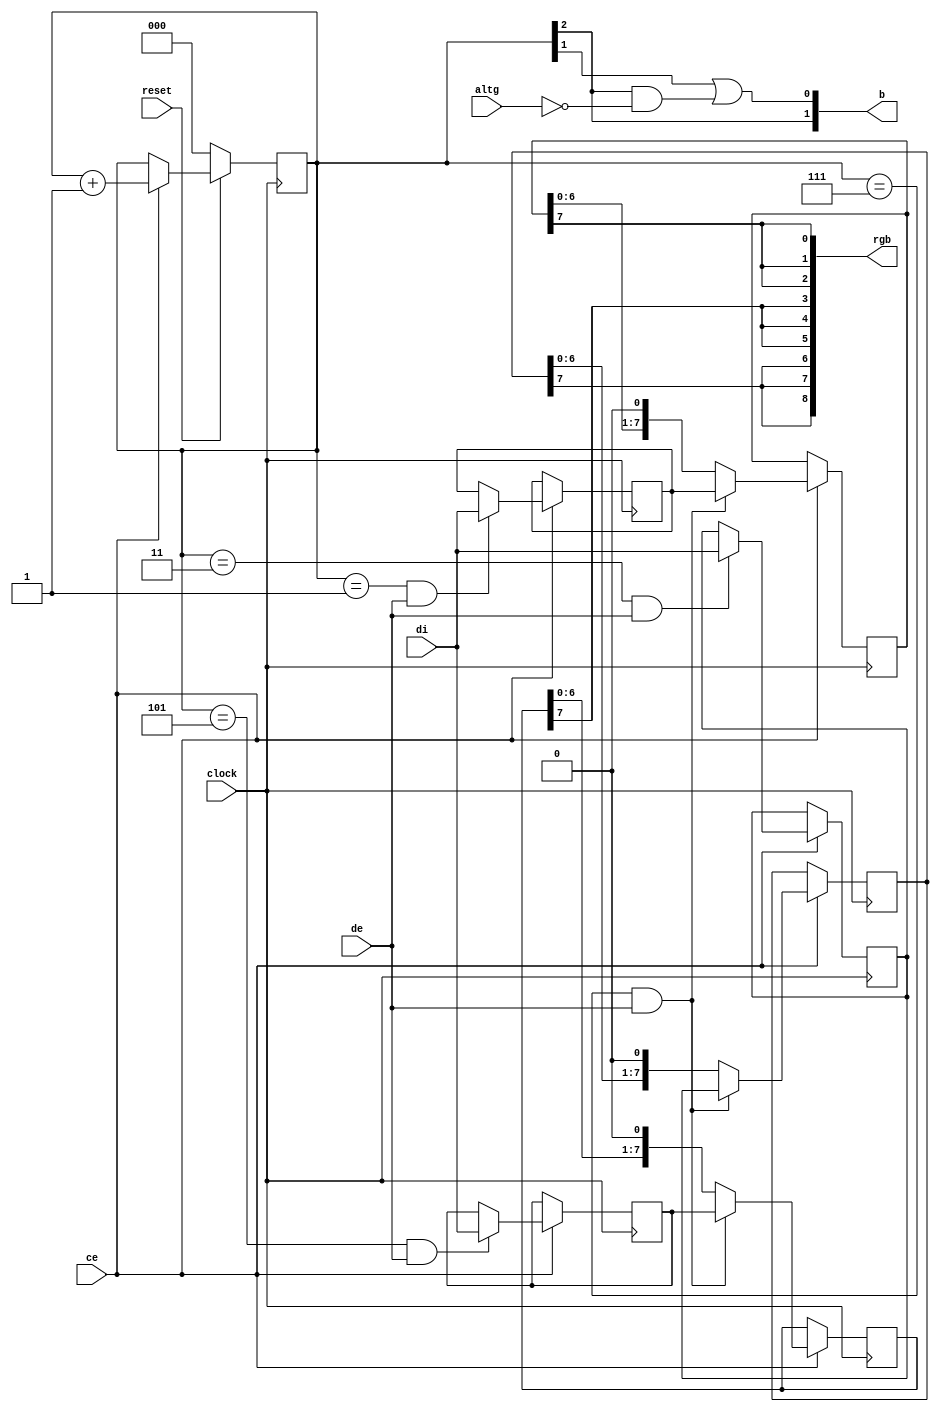
//-------------------------------------------------------------------------------------------------
module video
//-------------------------------------------------------------------------------------------------
(
   input  wire      reset,
	input  wire      clock,
	input  wire      ce,
	input  wire      de,
	input  wire      altg,
	input  wire[7:0] di,
	output wire[8:0] rgb,
	output wire[1:0] b
);

//-------------------------------------------------------------------------------------------------



reg[2:0] hCount;
always @(posedge clock) if(!reset) hCount <= 1'd0; else if(ce) hCount <= hCount+1'd1;


reg[7:0] redInput;
wire redInputLoad = hCount == 3 && de;
always @(posedge clock) if(ce) if(redInputLoad) redInput <= di;


reg[7:0] blueInput;
wire blueInputLoad = hCount == 1 & de;
always @(posedge clock) if(ce) if(blueInputLoad) blueInput <= di;


reg[7:0] greenInput;
wire greenInputLoad = hCount == 5 & de;

always @(posedge clock) if(ce) if(greenInputLoad) greenInput <= di;

reg[7:0] redOutput;
reg[7:0] blueOutput;
reg[7:0] greenOutput;

wire dataOutputLoad = hCount == 7 && de;

always @(posedge clock) if(ce)
if(dataOutputLoad)
begin
	redOutput <= redInput;
	blueOutput <= blueInput;
	greenOutput <= greenInput;
end
else
begin
	redOutput <= { redOutput[6:0], 1'b0 };
	blueOutput <= { blueOutput[6:0], 1'b0 };
	greenOutput <= { greenOutput[6:0], 1'b0 };
end

//-------------------------------------------------------------------------------------------------

assign rgb = { {3{redOutput[7]}}, {3{greenOutput[7]}}, {3{blueOutput[7]}} };
assign b = { hCount[2], hCount[1]|(hCount[2]&~altg) };

//-------------------------------------------------------------------------------------------------
endmodule
//-------------------------------------------------------------------------------------------------